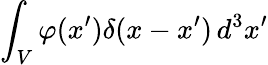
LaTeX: \int_{V}\varphi(x^{\prime})\delta(x-x^{\prime})\, d^{3}x^{\prime}